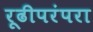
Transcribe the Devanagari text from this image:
रूढीपरंपरा